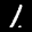
Label: 1